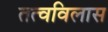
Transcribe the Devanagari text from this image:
तत्वविलास